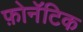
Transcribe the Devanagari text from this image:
फ़ोनॅटिक